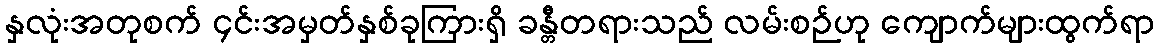
နှလုံးအတုစက် ၄င်းအမှတ်နှစ်ခုကြားရှိ ခန္တီတရားသည် လမ်းစဉ်ဟု ကျောက်များထွက်ရာ